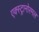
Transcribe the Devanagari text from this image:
एक्स्ट्रानोरमल